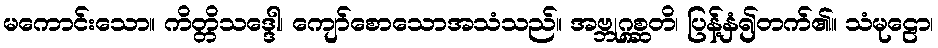
မကောင်းသော။ ကိတ္တိသဒ္ဒေါ၊ ကျော်စောသောအသံသည်။ အဗ္ဘုဂ္ဂစ္ဆတိ၊ ပြန့်နှံ၍တက်၏။ သံမုဠော၊